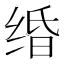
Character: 𦈏